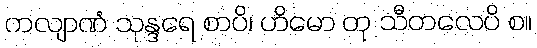
ကလျာဏံ သုန္ဒရေ စာပိ၊ ဟိမော တု သီတလေပိ စ။